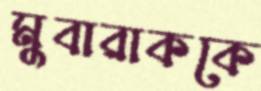
মুবারাককে